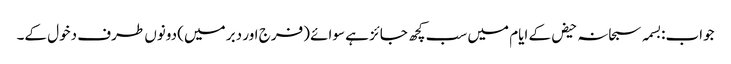
جواب:بسمہ سبحانہ حیض کے ایام میں سب کچھ جائز ہے سوائے (فرج اور دبر میں) دونوں طرف دخول کے۔